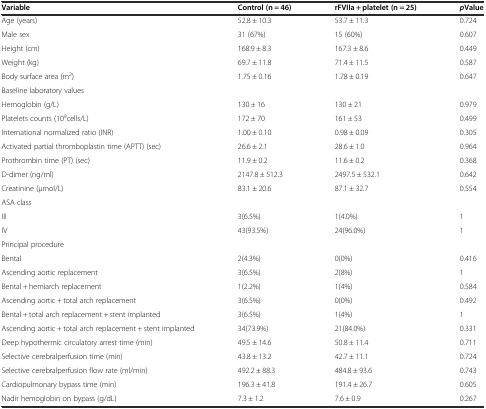
<table><thead><tr><td><b>Variable</b></td><td><b>Control (n = 46)</b></td><td><b>rFVIIa + platelet (n = 25)</b></td><td><b><i>p</i>Value</b></td></tr></thead><tbody><tr><td>Age (years)</td><td>52.8 ± 10.3</td><td>53.7 ± 11.3</td><td>0.724</td></tr><tr><td>Male sex</td><td>31 (67%)</td><td>15 (60%)</td><td>0.607</td></tr><tr><td>Height (cm)</td><td>168.9 ± 8.3</td><td>167.3 ± 8.6</td><td>0.449</td></tr><tr><td>Weight (kg)</td><td>69.7 ± 11.8</td><td>71.4 ± 11.5</td><td>0.587</td></tr><tr><td>Body surface area (m<sup>2</sup>)</td><td>1.75 ± 0.16</td><td>1.78 ± 0.19</td><td>0.647</td></tr><tr><td>Baseline laboratory values</td><td></td><td></td><td></td></tr><tr><td>Hemoglobin (g/L)</td><td>130 ± 16</td><td>130 ± 21</td><td>0.979</td></tr><tr><td>Platelets counts (10<sup>9</sup>cells/L)</td><td>172 ± 70</td><td>161 ± 53</td><td>0.499</td></tr><tr><td>International normalized ratio (INR)</td><td>1.00 ± 0.10</td><td>0.98 ± 0.09</td><td>0.305</td></tr><tr><td>Activated partial thromboplastin time (APTT) (sec)</td><td>26.6 ± 2.1</td><td>28.6 ± 1.0</td><td>0.964</td></tr><tr><td>Prothrombin time (PT) (sec)</td><td>11.9 ± 0.2</td><td>11.6 ± 0.2</td><td>0.368</td></tr><tr><td>D-dimer (ng/ml)</td><td>2147.8 ± 512.3</td><td>2497.5 ± 532.1</td><td>0.642</td></tr><tr><td>Creatinine (μmol/L)</td><td>83.1 ± 20.6</td><td>87.1 ± 32.7</td><td>0.554</td></tr><tr><td>ASA class</td><td></td><td></td><td></td></tr><tr><td>III</td><td>3(6.5%)</td><td>1(4.0%)</td><td>1</td></tr><tr><td>IV</td><td>43(93.5%)</td><td>24(96.0%)</td><td>1</td></tr><tr><td>Principal procedure</td><td></td><td></td><td></td></tr><tr><td>Bental</td><td>2(4.3%)</td><td>0(0%)</td><td>0.416</td></tr><tr><td>Ascending aortic replacement</td><td>3(6.5%)</td><td>2(8%)</td><td>1</td></tr><tr><td>Bental + hemiarch replacement</td><td>1(2.2%)</td><td>1(4%)</td><td>0.584</td></tr><tr><td>Ascending aortic + total arch replacement</td><td>3(6.5%)</td><td>0(0%)</td><td>0.492</td></tr><tr><td>Bental + total arch replacement + stent implanted</td><td>3(6.5%)</td><td>1(4%)</td><td>1</td></tr><tr><td>Ascending aortic + total arch replacement + stent implanted</td><td>34(73.9%)</td><td>21(84.0%)</td><td>0.331</td></tr><tr><td>Deep hypothermic circulatory arrest time (min)</td><td>49.5 ± 14.6</td><td>50.8 ± 11.4</td><td>0.711</td></tr><tr><td>Selective cerebralperfusion time (min)</td><td>43.8 ± 13.2</td><td>42.7 ± 11.1</td><td>0.724</td></tr><tr><td>Selective cerebralperfusion flow rate (ml/min)</td><td>492.2 ± 88.3</td><td>484.8 ± 93.6</td><td>0.743</td></tr><tr><td>Cardiopulmonary bypass time (min)</td><td>196.3 ± 41.8</td><td>191.4 ± 26.7</td><td>0.605</td></tr><tr><td>Nadir hemoglobin on bypass (g/dL)</td><td>7.3 ± 1.2</td><td>7.6 ± 0.9</td><td>0.267</td></tr></tbody></table>